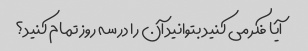
آیا فکر می کنید بتوانید آن را در سه روز تمام کنید؟